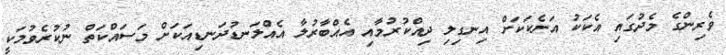
ވެރިންގެ މެދުގައި އެކަކު އަނެކަކަށް އިނގިލި ދިއްކުރުމާއި އެއްބާރުލާ އެއްލަނޑުދަނޑިއަކަށް މަސައްކަތް ނުކުރެވުމަކީ